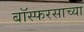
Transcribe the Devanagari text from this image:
बॉस्फरसाच्या